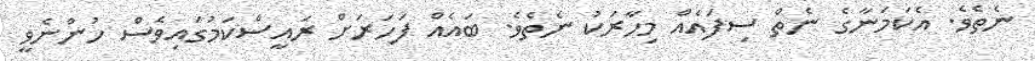
ނެތެވެ. އެކަމަނާގެ ނެތް ސިފައެއް މިހާރަކު ނެތެވެ. ބައެއް ފަހަރަށް ރައީސްކަމުގައިވެސް ހުންނެވީ